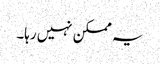
یہ ممکن نہیں رہا۔